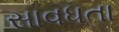
સાવધતા